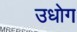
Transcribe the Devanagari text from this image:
उधाेग